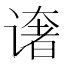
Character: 𰶄